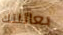
بعائلتك